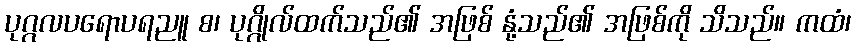
ပုဂ္ဂလပရောပရညူ စ၊ ပုဂ္ဂိုလ်ထက်သည်၏ အဖြစ် နုံ့သည်၏ အဖြစ်ကို သိသည်။ ကထံ၊